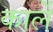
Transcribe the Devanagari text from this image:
कार्ले